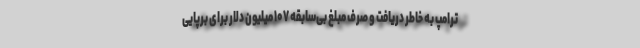
ترامپ به خاطر دریافت و صرف مبلغ بی‌سابقه ۱۰۷ میلیون دلار برای برپایی